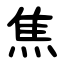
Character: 焦